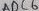
Text: ADC6